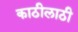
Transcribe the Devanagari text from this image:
काठीलाठी